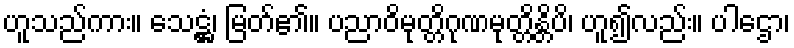
ဟူသည်ကား။ သေဋ္ဌံ၊ မြတ်၏။ ပညာဝိမုတ္တိဂုဏမုတ္တိန္တိပိ၊ ဟူ၍လည်း။ ပါဌော၊